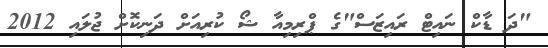
"ދަ ޑާކް ނައިޓް ރައިޒަސް"ގެ ޕްރިމިއާ ޝޯ ކުރިއަށް ދަނިކޮށް ޖުލައި 2012